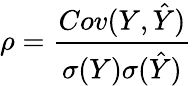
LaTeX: \rho=\frac{Cov(Y,\hat{Y})}{\sigma(Y)\sigma(\hat{Y})}